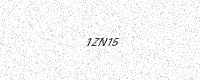
Text: 1ZN15